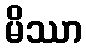
မိဿာ